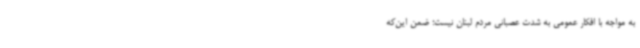
به مواجه با افکار عمومی به شدت عصبانی مردم لبنان نیست؛ ضمن این‌که